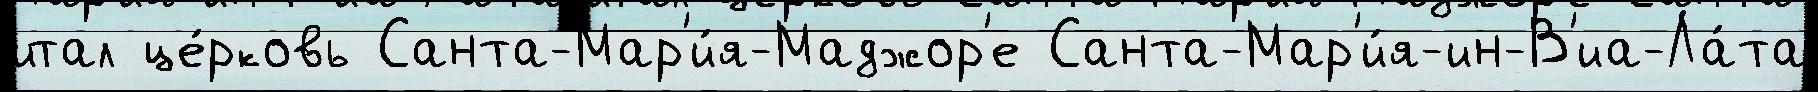
итал це́рковь Санта-Мар'и́я-Маджор'е Санта-Мар'и́я-ин-В'иа-Ла́та